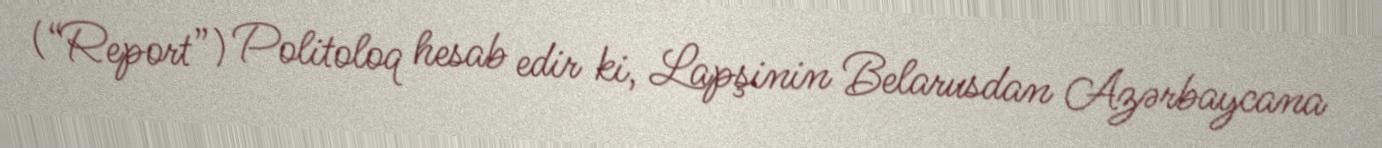
(“Report”) Politoloq hesab edir ki, Lapşinin Belarusdan Azərbaycana